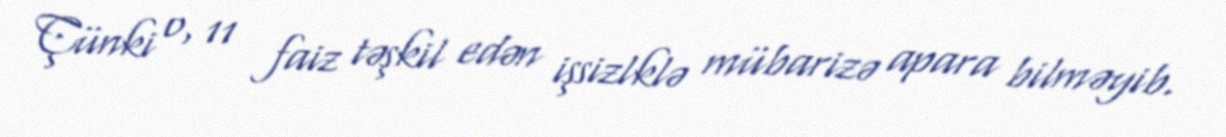
Çünki o, 11 faiz təşkil edən işsizlklə mübarizə apara bilməyib.